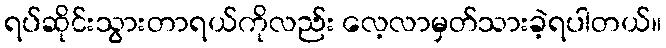
ရပ်ဆိုင်းသွားတာရယ်ကိုလည်း လေ့လာမှတ်သားခဲ့ရပါတယ်။